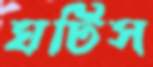
ঘটিস